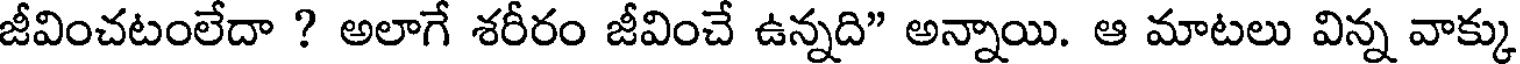
జీవించటంలేదా ? అలాగే శరీరం జీవించే ఉన్నది" అన్నాయి. ఆ మాటలు విన్న వాక్కు